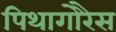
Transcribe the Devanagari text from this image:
पिथागोरैस